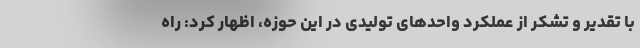
با تقدیر و تشکر از عملکرد واحدهای تولیدی در این حوزه، اظهار کرد: راه